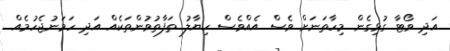
އަދި ވޯޓާ ގުޅިގެން މިހާތަނަށް ވެސް އެއްވެސް ހިޔާލު ތަފާތުވުންތަކެއް އަދި ހަމަނުޖެހުމެއް